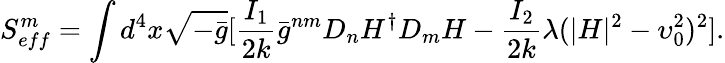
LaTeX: S_{eff}^{m}=\int d^{4}x\sqrt{-\bar{g}}[\frac{I_{1}}{2k}{\bar{g}}^{nm}D_{n}H^{\dagger}D_{m}H-\frac{I_{2}}{2k}\lambda(|H|^{2}-\upsilon_{0}^{2})^{2}].